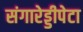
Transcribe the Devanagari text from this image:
संगारेड्डीपेटा